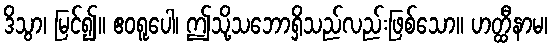
ဒိသွာ၊ မြင်၍။ ဧဝရူပေါ၊ ဤသို့သဘောရှိသည်လည်းဖြစ်သော။ ဟတ္ထီနာမ၊